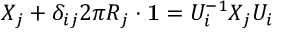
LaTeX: X _ { j } + \delta _ { i j } 2 \pi R _ { j } \cdot { \bf 1 } = U _ { i } ^ { - 1 } X _ { j } U _ { i }